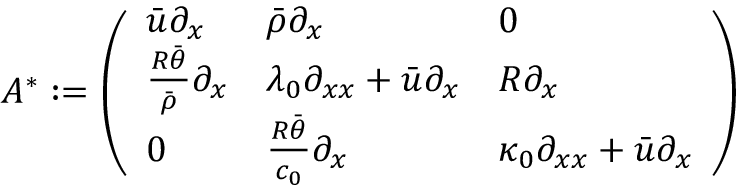
A ^ { * } : = \left( \begin{array} { l l l } { \bar { u } \partial _ { x } } & { \bar { \rho } \partial _ { x } } & { 0 } \\ { \frac { R \bar { \theta } } { \bar { \rho } } \partial _ { x } } & { \lambda _ { 0 } \partial _ { x x } + \bar { u } \partial _ { x } } & { R \partial _ { x } } \\ { 0 } & { \frac { R \bar { \theta } } { c _ { 0 } } \partial _ { x } } & { \kappa _ { 0 } \partial _ { x x } + \bar { u } \partial _ { x } } \end{array} \right)